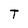
Character: T